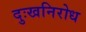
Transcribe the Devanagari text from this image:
दुःखनिरोध